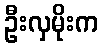
ဦးလှမိုးက